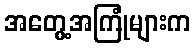
အတွေ့အကြုံများက